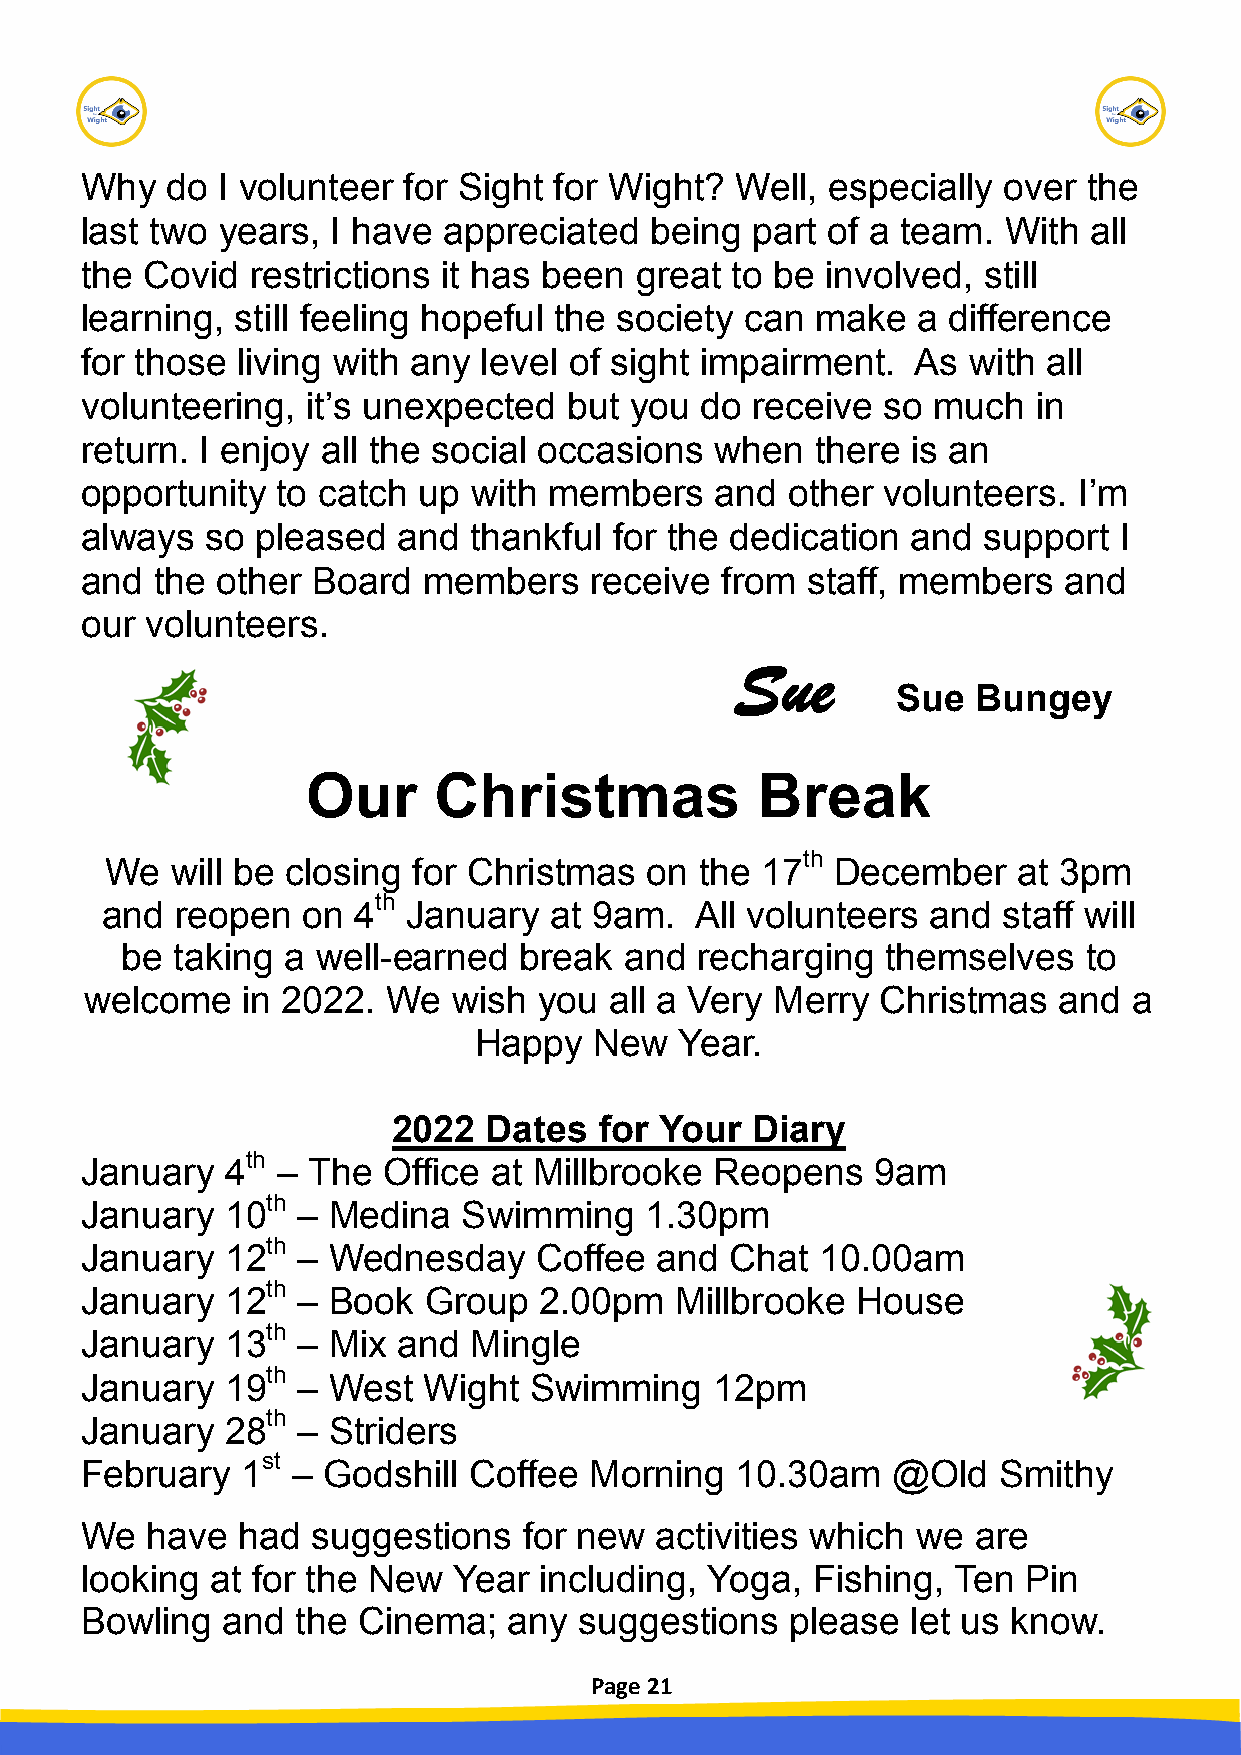
Why   do I volunteer  for Sight for Wight?  Well, especially over  the
 last two years,  I have appreciated   being  part of a team. With  all
 the Covid   restrictions it has been great to be  involved, still
 learning,  still feeling hopeful the society can make   a difference
 for those  living with any level of sight impairment.   As with all
 volunteering,  it’s unexpected   but you do  receive so  much   in
 return. I enjoy all the social occasions  when   there is an
 opportunity  to catch  up with members    and  other volunteers.  I’m
 always   so pleased  and  thankful  for the dedication and  support  I
 and  the other  Board  members    receive  from staff, members   and
 our  volunteers.
 Sue
 Sue   Bungey
 Our      Christmas            Break
 th
 We  will be closing for Christmas   on the 17   December    at 3pm
 th
 and  reopen  on 4   January  at 9am.   All volunteers  and staff will
 be taking  a well-earned  break  and  recharging   themselves   to
 welcome   in 2022.  We  wish  you all a Very Merry  Christmas   and  a
 Happy   New   Year.
 2022  Dates   for Your  Diary
 th
 January   4  – The  Office at Millbrooke  Reopens    9am
 th
 January   10   – Medina   Swimming    1.30pm
 th
 January   12   – Wednesday    Coffee  and  Chat  10.00am
 th
 January   12   – Book  Group   2.00pm   Millbrooke  House
 th
 January   13   – Mix and  Mingle
 th
 January   19   – West  Wight  Swimming    12pm
 th
 January   28   – Striders
 February
 1st
 – Godshill  Coffee  Morning   10.30am   @Old   Smithy
 We   have  had  suggestions   for new activities which  we  are
 looking  at for the New  Year  includ ing, Yoga, Fishing, Ten  Pin
 Bowling   and  the Cinema;   any suggestions   please  let us know.
 Page 21